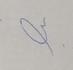
Signature authenticity: forged